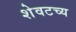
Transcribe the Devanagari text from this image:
शेवटच्य